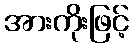
အားကိုးဖြင့်